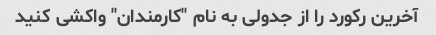
آخرین رکورد را از جدولی به نام "کارمندان" واکشی کنید